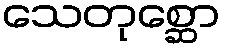
သေတုစ္ဆော